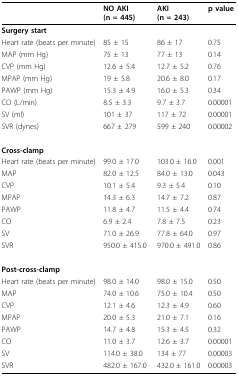
<table><thead><tr><td></td><td><b>NO AKI (n = 445)</b></td><td><b>AKI (n = 243)</b></td><td><b>p value</b></td></tr></thead><tbody><tr><td><b>Surgery start</b></td><td></td><td></td><td></td></tr><tr><td>Heart rate (beats per minute)</td><td>85 ± 15</td><td>86 ± 17</td><td>0.75</td></tr><tr><td>MAP (mm Hg)</td><td>75 ± 13</td><td>77 ± 13</td><td>0.14</td></tr><tr><td>CVP (mm Hg)</td><td>12.6 ± 5.4</td><td>12.7 ± 5.2</td><td>0.76</td></tr><tr><td>MPAP (mm Hg)</td><td>19 ± 5.8</td><td>20.6 ± 8.0</td><td>0.17</td></tr><tr><td>PAWP (mm Hg)</td><td>15.3 ± 4.9</td><td>16.0 ± 5.3</td><td>0.34</td></tr><tr><td>CO (L/min)</td><td>8.5 ± 3.3</td><td>9.7 ± 3.7</td><td>0.00001</td></tr><tr><td>SV (ml)</td><td>101 ± 37</td><td>117 ± 72</td><td>0.00001</td></tr><tr><td>SVR (dynes)</td><td>667 ± 279</td><td>599 ± 240</td><td>0.00002</td></tr><tr><td><b>Cross-clamp</b></td><td></td><td></td><td></td></tr><tr><td>Heart rate (beats per minute)</td><td>99.0 ± 17.0</td><td>103.0 ± 16.0</td><td>0.001</td></tr><tr><td>MAP</td><td>82.0 ± 12.5</td><td>84.0 ± 13.0</td><td>0.043</td></tr><tr><td>CVP</td><td>10.1 ± 5.4</td><td>9.3 ± 5.4</td><td>0.10</td></tr><tr><td>MPAP</td><td>14.3 ± 6.3</td><td>14.7 ± 7.2</td><td>0.87</td></tr><tr><td>PAWP</td><td>11.8 ± 4.7</td><td>11.5 ± 4.4</td><td>0.74</td></tr><tr><td>CO</td><td>6.9 ± 2.4</td><td>7.8 ± 7.5</td><td>0.23</td></tr><tr><td>SV</td><td>71.0 ± 26.9</td><td>77.8 ± 64.0</td><td>0.97</td></tr><tr><td>SVR</td><td>950.0 ± 415.0</td><td>970.0 ± 491.0</td><td>0.86</td></tr><tr><td><b>Post-cross-clamp</b></td><td></td><td></td><td></td></tr><tr><td>Heart rate (beats per minute)</td><td>98.0 ± 14.0</td><td>98.0 ± 15.0</td><td>0.50</td></tr><tr><td>MAP</td><td>74.0 ± 10.6</td><td>75.0 ± 10.4</td><td>0.50</td></tr><tr><td>CVP</td><td>12.1 ± 4.6</td><td>12.3 ± 4.9</td><td>0.60</td></tr><tr><td>MPAP</td><td>20.0 ± 5.3</td><td>21.0 ± 7.1</td><td>0.16</td></tr><tr><td>PAWP</td><td>14.7 ± 4.8</td><td>15.3 ± 4.5</td><td>0.32</td></tr><tr><td>CO</td><td>11.0 ± 3.7</td><td>12.6 ± 3.7</td><td>0.00001</td></tr><tr><td>SV</td><td>114.0 ± 38.0</td><td>134 ± 77</td><td>0.00003</td></tr><tr><td>SVR</td><td>482.0 ± 167.0</td><td>432.0 ± 161.0</td><td>0.00003</td></tr></tbody></table>